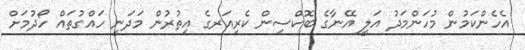
އެހެންކަމުން މުހަންމަދު އަލީ އޭނާގެ ބޮކްސިން ކެރިއަރގެ އިތުރުން މަދަނީ ހައްގުތައް ހޯދުމަށް